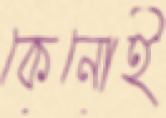
কেনোই